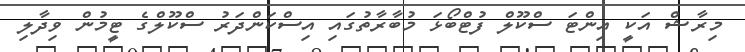
މިރާޝް އަކީ އިންޓަ ސްކޫލް ފުޓްބޯޅަ މުބާރާތުގައި އިސްކަންދަރު ސްކޫލްގެ ޓީމުން ވިދާލި